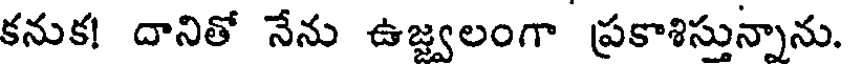
కనుక! దానితో నేను ఉజ్వలంగా ప్రకాశిస్తున్నాను.